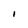
Character: l